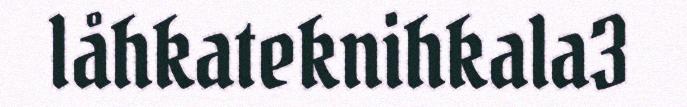
låhkateknihkala3